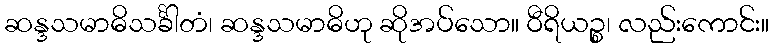
ဆန္ဒသမာဓိသင်္ခါတံ၊ ဆန္ဒသမာဓိဟု ဆိုအပ်သော။ ဝီရိယဉ္စ၊ လည်းကောင်း။